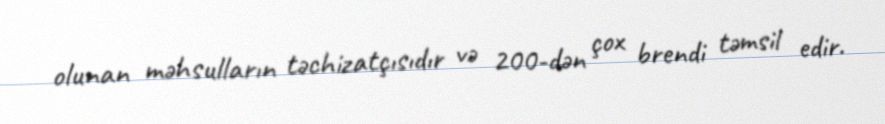
olunan məhsulların təchizatçısıdır və 200-dən çox brendi təmsil edir.